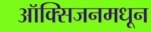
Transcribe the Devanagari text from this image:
ऑक्सिजनमधून